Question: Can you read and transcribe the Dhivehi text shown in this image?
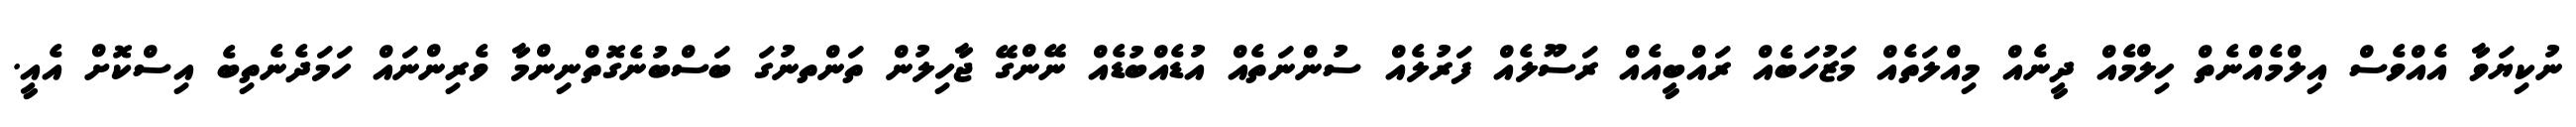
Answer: ނުކިޔަވާ އެއްވެސް އިލްމެއްނެތް ހިލްމެއް ދީނެއް މިއްލަތެއް މަޒުހަބެއް ރައްބީއެއް ރަސޫލެއް ފަރުލެއް ސުންނަތެއް އުޑެއްބުޑެއް ނޭންގޭ ޖާހިލުން ތަންތނުގަ ބަސްބުނެގޮތްނިންމާ ވެރިންނައް ހަމަދެނެތިބެ އިސްކޮށް އެއީ.